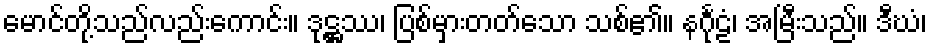
မောင်တို့သည်လည်းကောင်း။ ဒုဋ္ဌဿ၊ ပြစ်မှားတတ်သော သစ်၏။ နင်္ဂုဠံ၊ အမြီးသည်။ ဒီဃံ၊